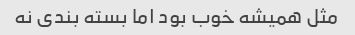
مثل همیشه خوب بود اما بسته بندی نه